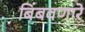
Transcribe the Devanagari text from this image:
बिंबवणारे